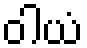
ဝါယံ